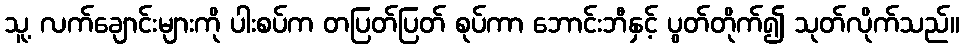
သူ့ လက်ချောင်းများကို ပါးစပ်က တပြတ်ပြတ် စုပ်ကာ ဘောင်းဘီနှင့် ပွတ်တိုက်၍ သုတ်လိုက်သည်။